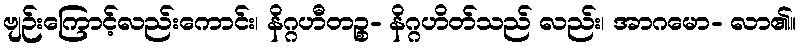
ဗျဉ်းကြောင့်လည်းကောင်း၊ နိဂ္ဂဟီတဉ္စ- နိဂ္ဂဟိတ်သည် လည်း၊ အာဂမော- လာ၏။